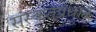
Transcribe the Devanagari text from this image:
संस्कृतप्रधान